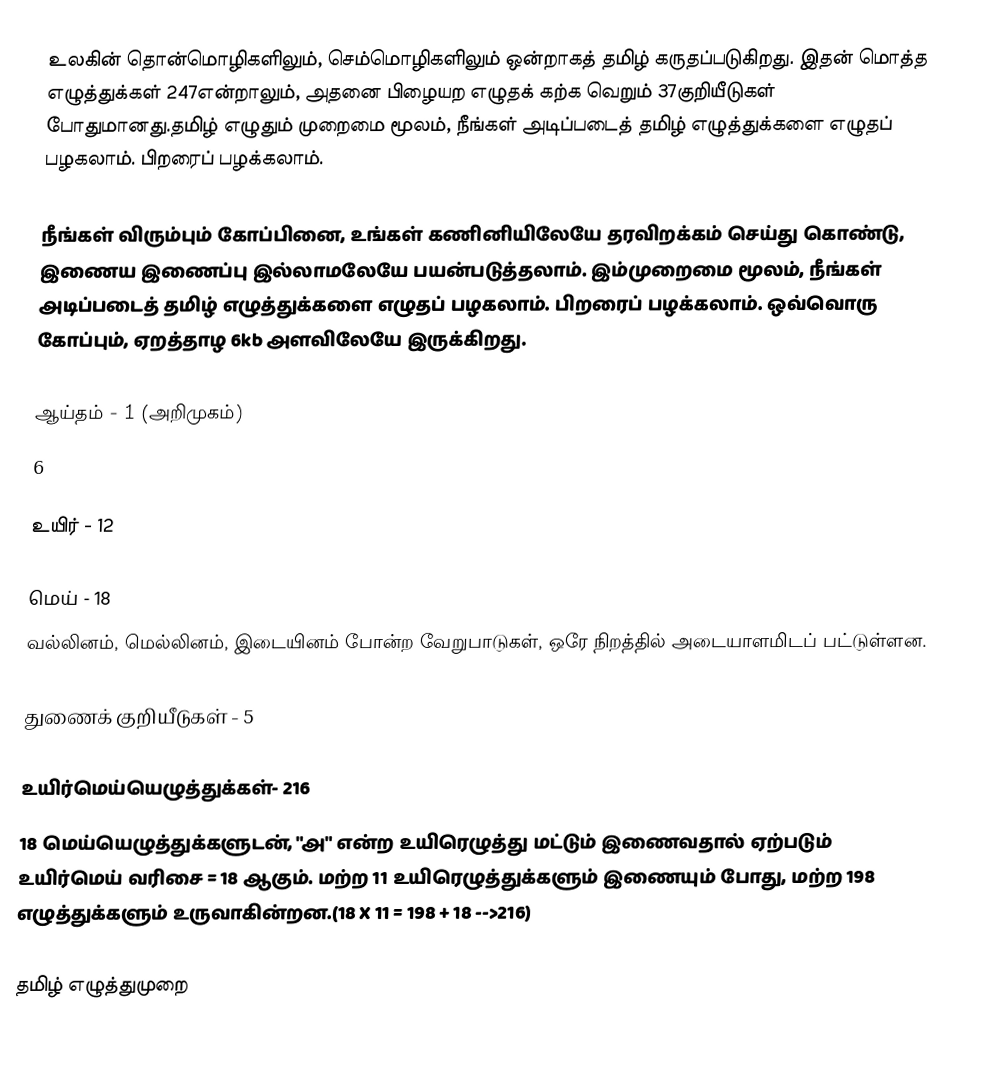
உலகின் தொன்மொழிகளிலும், செம்மொழிகளிலும் ஒன்றாகத் தமிழ் கருதப்படுகிறது. இதன் மொத்த எழுத்துக்கள் 247என்றாலும், அதனை பிழையற எழுதக் கற்க வெறும் 37குறியீடுகள் போதுமானது.தமிழ் எழுதும் முறைமை மூலம், நீங்கள் அடிப்படைத் தமிழ் எழுத்துக்களை எழுதப் பழகலாம். பிறரைப் பழக்கலாம்.

நீங்கள் விரும்பும் கோப்பினை, உங்கள் கணினியிலேயே தரவிறக்கம் செய்து கொண்டு, இணைய இணைப்பு இல்லாமலேயே பயன்படுத்தலாம். இம்முறைமை மூலம், நீங்கள் அடிப்படைத் தமிழ் எழுத்துக்களை எழுதப் பழகலாம். பிறரைப் பழக்கலாம். ஒவ்வொரு கோப்பும், ஏறத்தாழ 6kb அளவிலேயே இருக்கிறது.

ஆய்தம் - 1 (அறிமுகம்)
6

உயிர் - 12

மெய் - 18
வல்லினம், மெல்லினம், இடையினம் போன்ற  வேறுபாடுகள், ஒரே நிறத்தில் அடையாளமிடப் பட்டுள்ளன.

துணைக் குறியீடுகள் - 5

உயிர்மெய்யெழுத்துக்கள்- 216
18 மெய்யெழுத்துக்களுடன், "அ" என்ற உயிரெழுத்து மட்டும் இணைவதால் ஏற்படும் உயிர்மெய் வரிசை =  18  ஆகும்.  மற்ற 11 உயிரெழுத்துக்களும் இணையும் போது, மற்ற  198    எழுத்துக்களும் உருவாகின்றன.(18 X 11 = 198 + 18 -->216)

தமிழ் எழுத்துமுறை